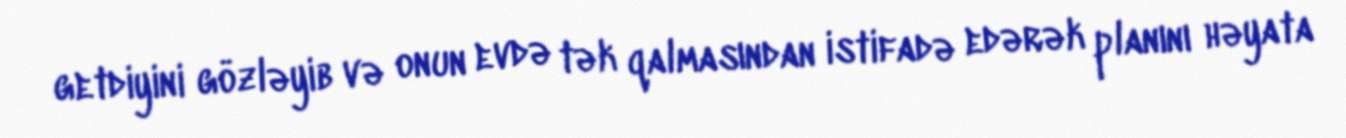
getdiyini gözləyib və onun evdə tək qalmasından istifadə edərək planını həyata